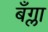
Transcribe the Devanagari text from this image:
बँग्ला